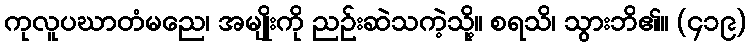
ကုလူပဃာတံမညေ၊ အမျိုးကို ညဉ်းဆဲသကဲ့သို့။ စရသိ၊ သွားဘိ၏။ (၄၁၉)